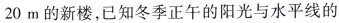
20m的新楼，已知冬季正午的阳光与水平线的